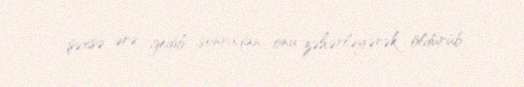
şəxsə ərə gedib, sonradan onu zəhərləyərək öldürüb.